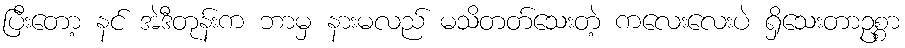
ပြီးတော့ နင် အဲဒီတုန်းက ဘာမှ နားမလည် မသိတတ်သေးတဲ့ ကလေးလေးပဲ ရှိသေးတာဥစ္စာ